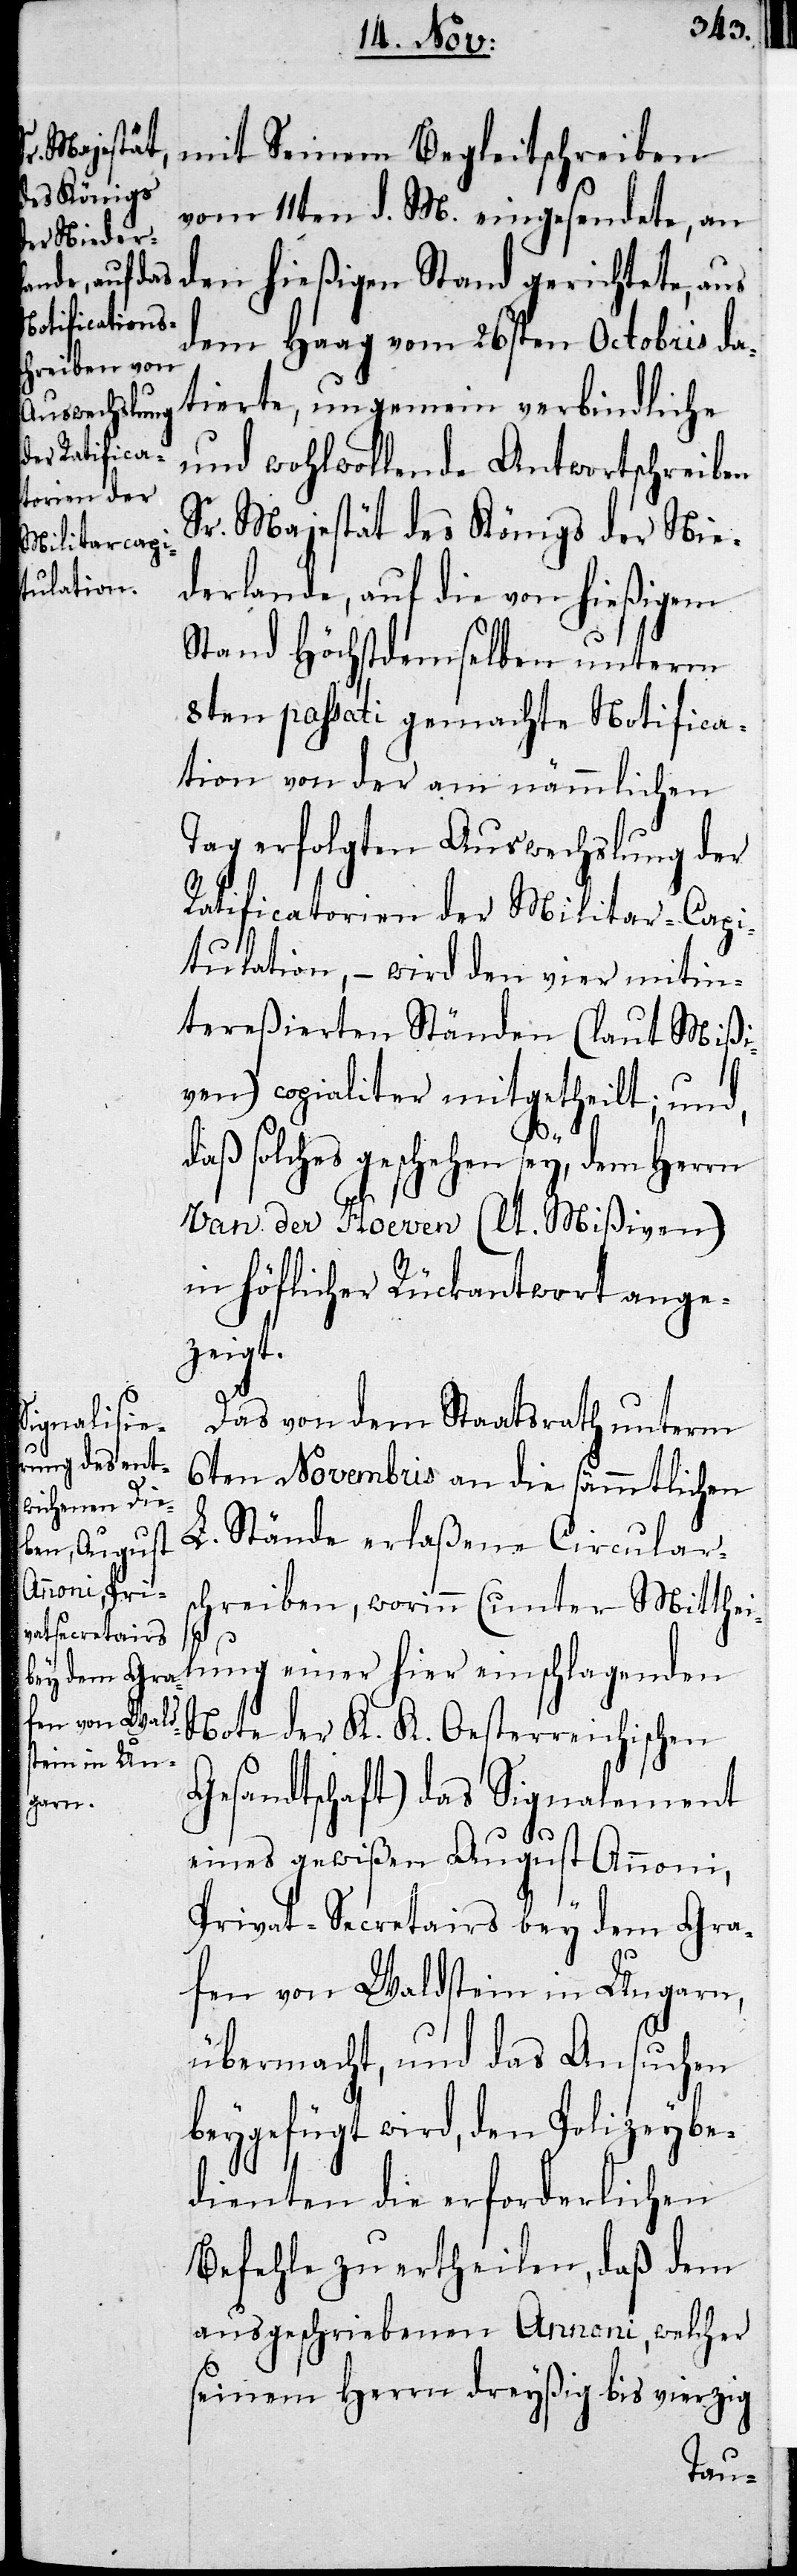
mit Seinem Begleitscheiben
vom 11ten d. M. eingesendete, an
den hießigen Stand gerichtete, aus
dem Haag vom 26sten Octobris da¬
tierte, ungemein verbindliche
und wohlwollende Antwortschreiben
Sr. Majestät des Königs der Nie¬
derlande, auf die von hießigem
Stand Höchstdemselben unterm
8ten passati gemachte Notifica¬
tion von der am nämmlichen
Tage erfolgten Auswechslung der
Ratificatorien der Militar-Capi¬
tulation, – wird den vier mitin¬
tereßierten Ständen (laut Mißi¬
ven) copialiter mitgetheilt; und,
daß solches geschehen sey, dem Herrn
Van der Hoeven (lt. Mißiven)
in höflicher Rückantwort ange¬
zeigt.
Das von dem Staatsrath unterm
6ten Novembris an die sämmtlichen
L. Stände erlaßene Circular¬
schreiben, worinn (unter Mitthei¬
lung einer hier einschlagenden
Note der K. K. Oesterreichischen
Gesandtschaft) das Signalement
eines gewißen August Annoni,
Privat-Secretairs bey dem Gra¬
fen von Waldstein in Ungarn,
übermacht, und das Ansuchen
beygefügt wird, den Polizeybe¬
dienten die erforderlichen
Befehle zu ertheilen, daß dem
ausgeschriebenen Annoni, welcher
seinem Herrn dreyßig bis vierzig